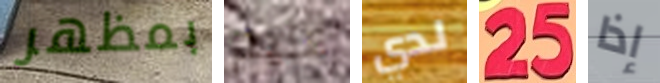
بمظهر عليم لدي 25 إذا